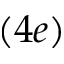
( 4 e )